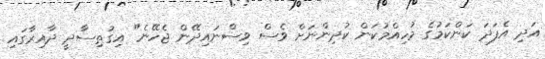
އަދި އެފަދަ ކަންކަމުގެ މުހިއްމުކަން ކުދިންނަށް ވެސް ވިސްނައިދޭން ޖެހޭނެ" އިގުތިސާދީ ދާއިރާގައި